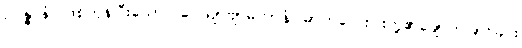
ဥပ္ပန္နာနံ၊ ဖြစ်ကုန်ပြီးသော။ ဝေယျာဗျာဓိကာနံ၊ ဓာတ်လေးပါးတို့၏ချောက်ခြားခြင်း